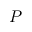
P